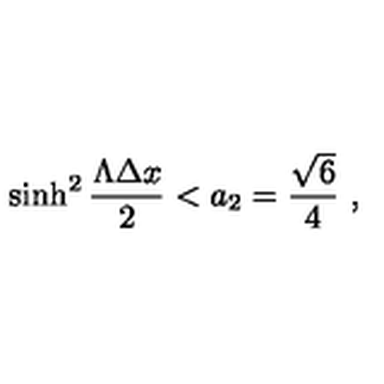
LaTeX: \sinh ^ { 2 } { \frac { \Lambda \Delta x } { 2 } } < a _ { 2 } = { \frac { \sqrt { 6 } } { 4 } } \ ,